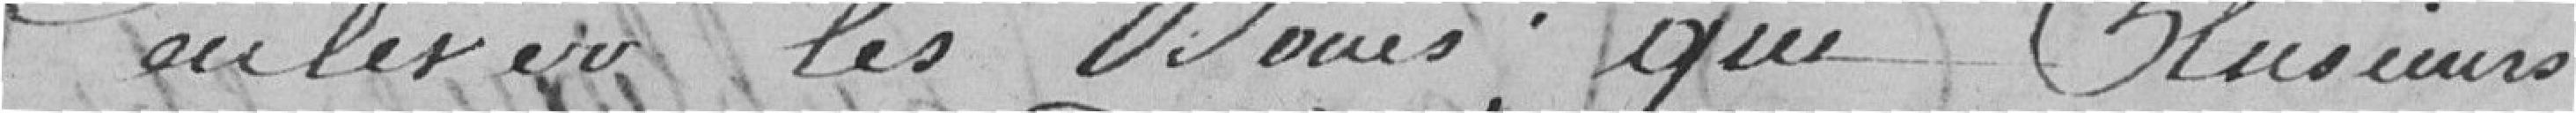
enlever les boues; que plusieurs